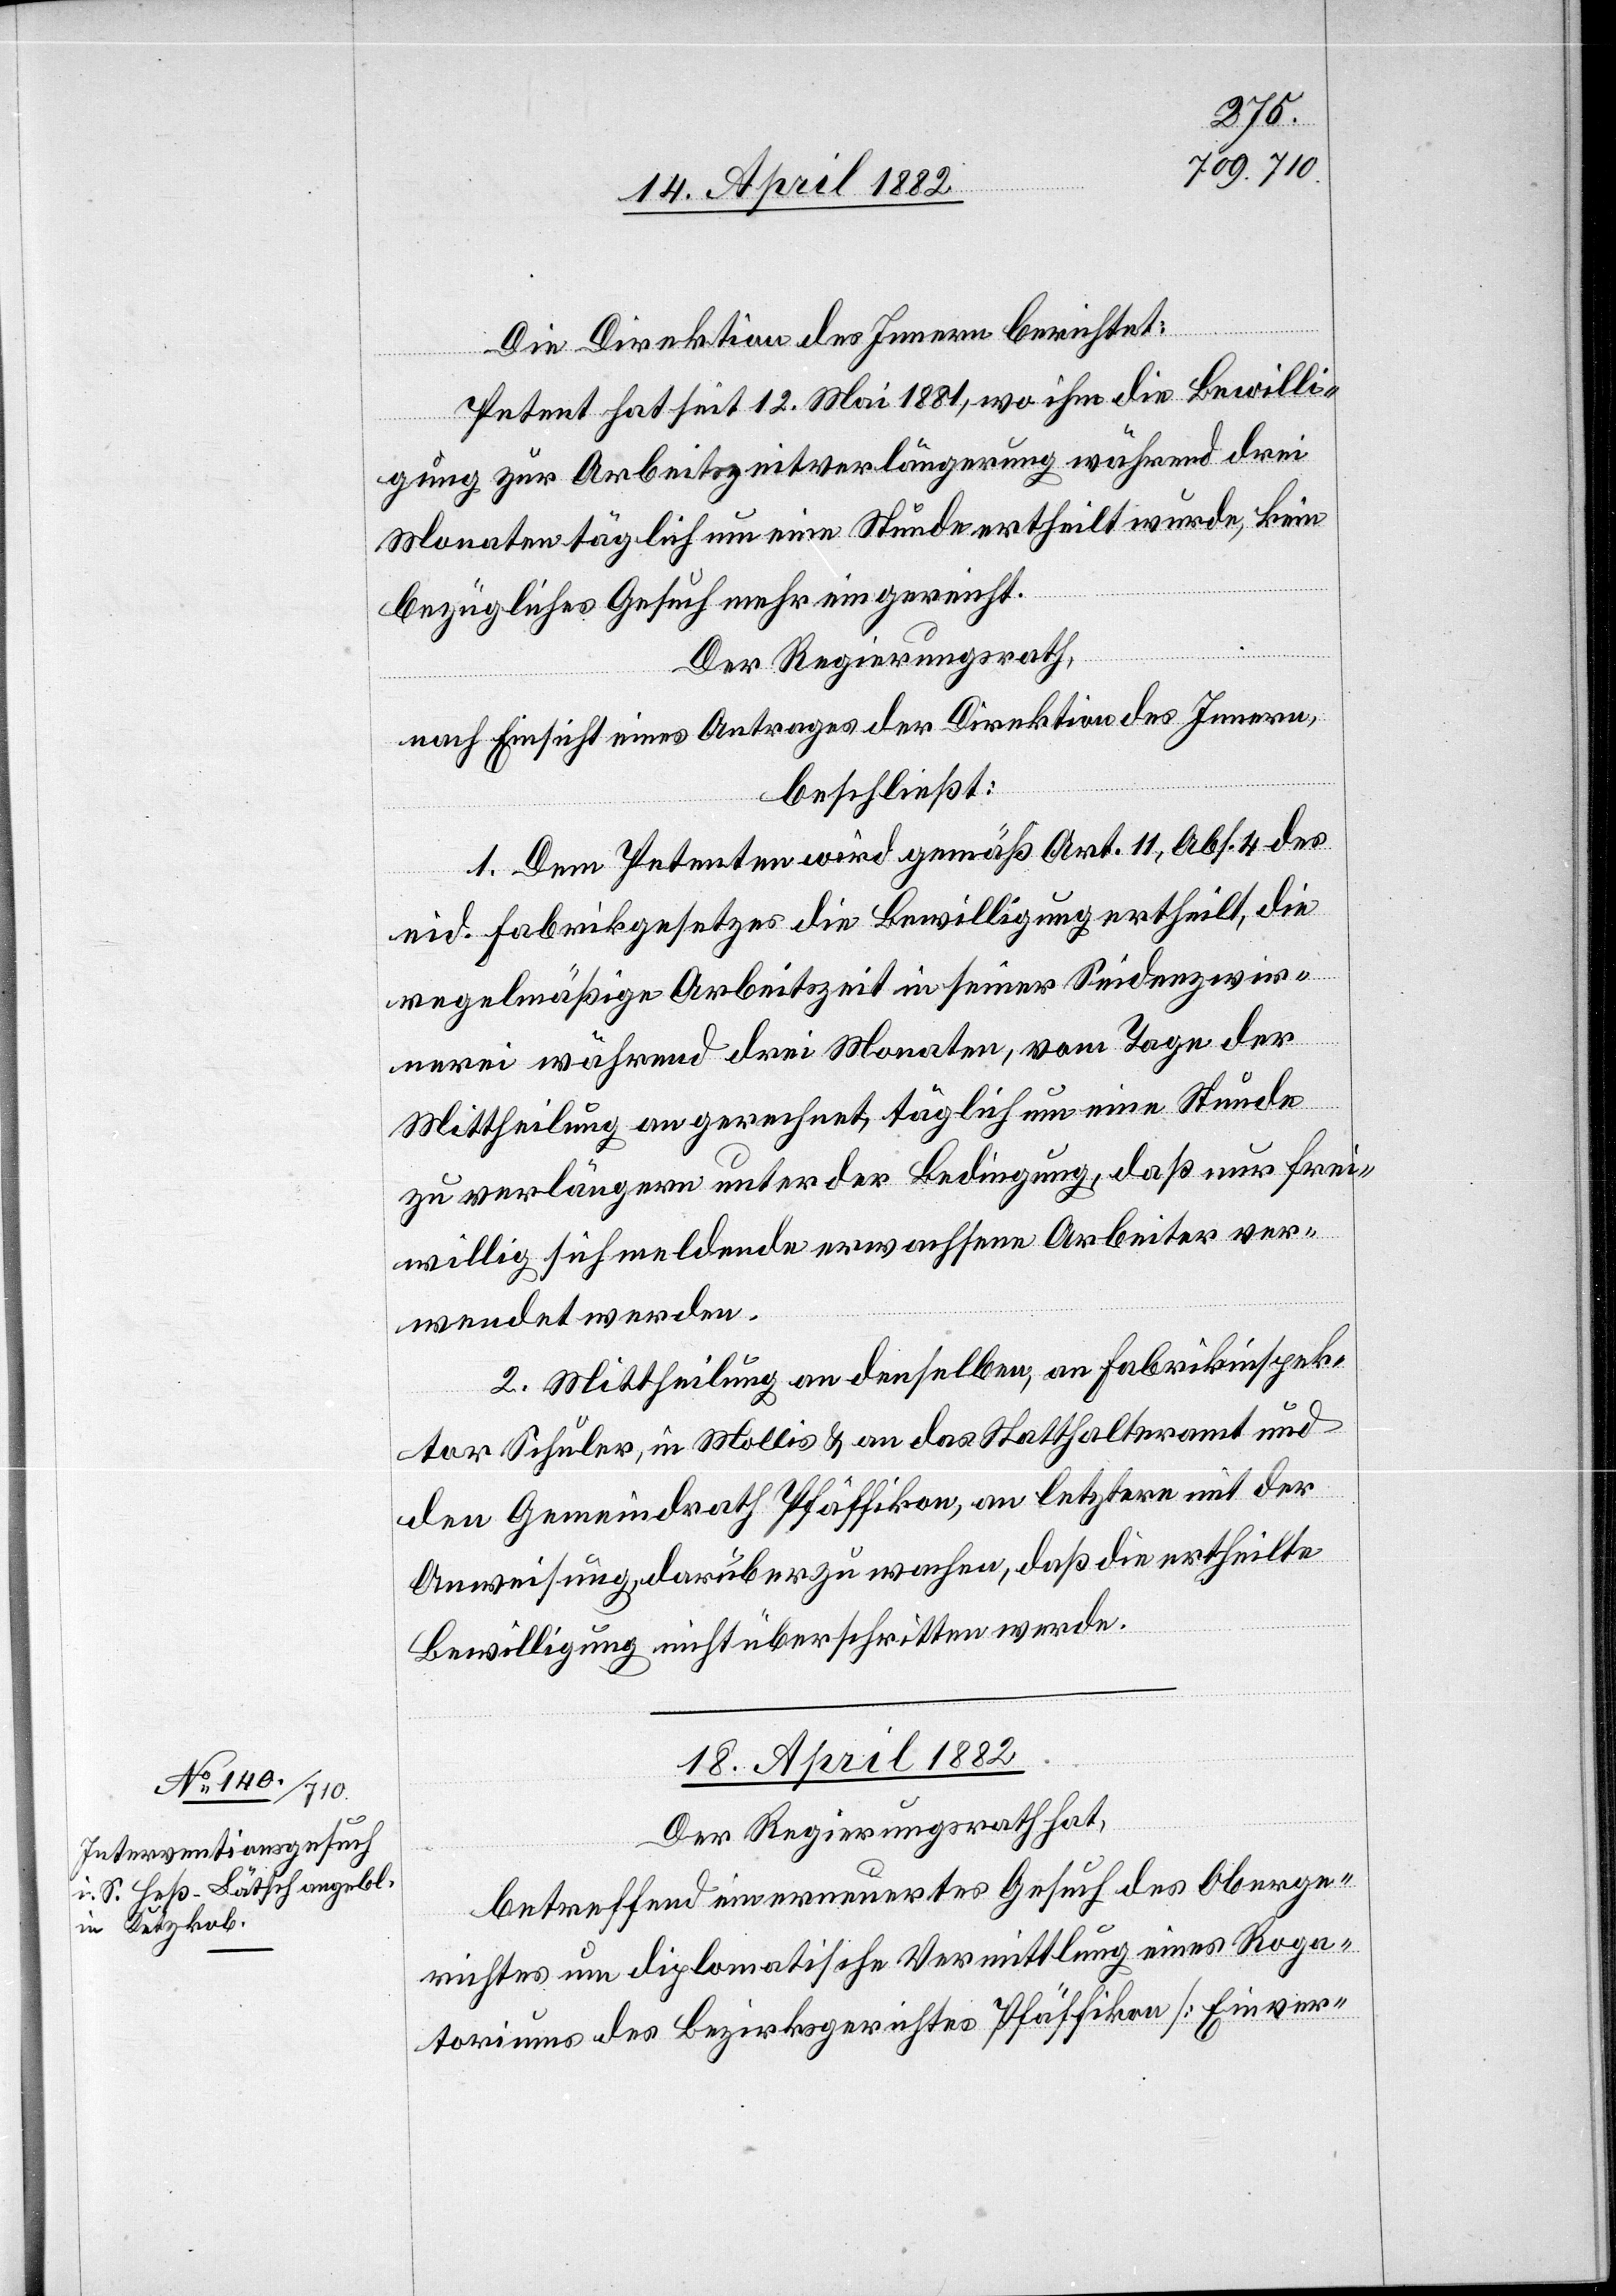
Die Direktion des Innern berichtet:
Petent hat seit 12. Mai 1881, wo ihm die Bewilli¬
gung zur Arbeitszeitverlängerung während drei
Monaten täglich um eine Stunde ertheilt wurde, kein
bezügliches Gesuch mehr eingereicht.
Der Regierungsrath,
nach Einsicht eines Antrages der Direktion des Innern,
beschließt:
1. Dem Petenten wird gemäß Art. 11, Abs. 4 des
eid. Fabrikgesetzes die Bewilligung ertheilt, die
regelmäßige Arbeitszeit in seiner Seidenzwir¬
nerei während drei Monaten, vom Tage der
Mittheilung an gerechnet, täglich um eine Stunde
zu verlängern unter der Bedingung, daß nur frei¬
willig sich meldende erwachsene Arbeiter ver¬
wendet werden.
2. Mittheilung an denselben, an Fabrikinspek¬
tor Schuler, in Mollis & an das Statthalteramt und
den Gemeindrath Pfäffikon, an letztere mit der
Anweisung, darüber zu wachen, daß die ertheilte
Bewilligung nicht überschritten werde.
18. April 1882
Der Regierungsrath hat,
betreffend ein erneuertes Gesuch des Oberge¬
richtes um diplomatische Vermittlung eines Roga¬
toriums des Bezirksgerichtes Pfäffikon [Einver-